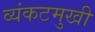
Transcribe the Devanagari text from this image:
व्यंकटमुखी